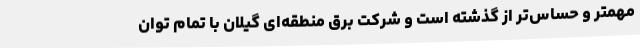
مهمتر و حساس‌تر از گذشته است و شرکت برق منطقه‌ای گیلان با تمام توان